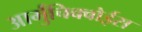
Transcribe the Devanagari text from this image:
आर्मुचिक्वोईस